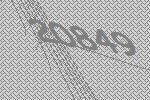
20849